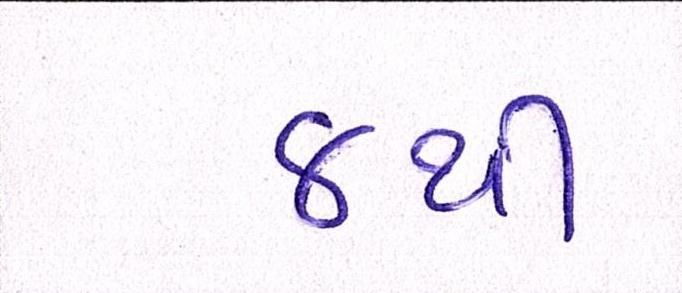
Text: ૪થી